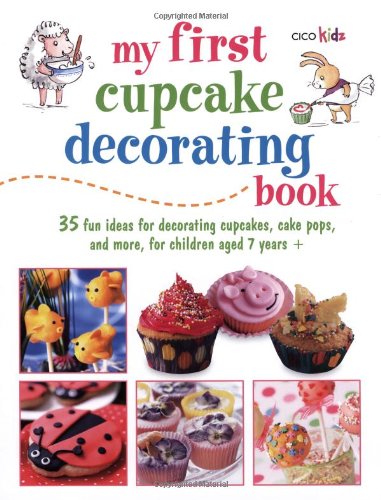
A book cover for My First Cupcake Decorating Book: 35 Recipes for Decorating Cupcakes, Cookies, and Cake Pops for Children Ages 7 Years + (Cico Kidz); Susan Akass; Children's Books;